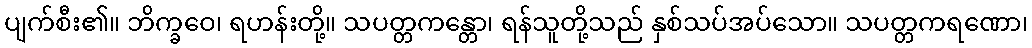
ပျက်စီး၏။ ဘိက္ခဝေ၊ ရဟန်းတို့။ သပတ္တကန္တော၊ ရန်သူတို့သည် နှစ်သပ်အပ်သော။ သပတ္တကရဏော၊